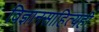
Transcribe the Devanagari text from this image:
विज्ञानसाहित्यही